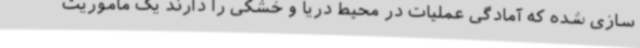
سازی شده که آمادگی عملیات در محیط دریا و خشکی را دارند یک ماموریت